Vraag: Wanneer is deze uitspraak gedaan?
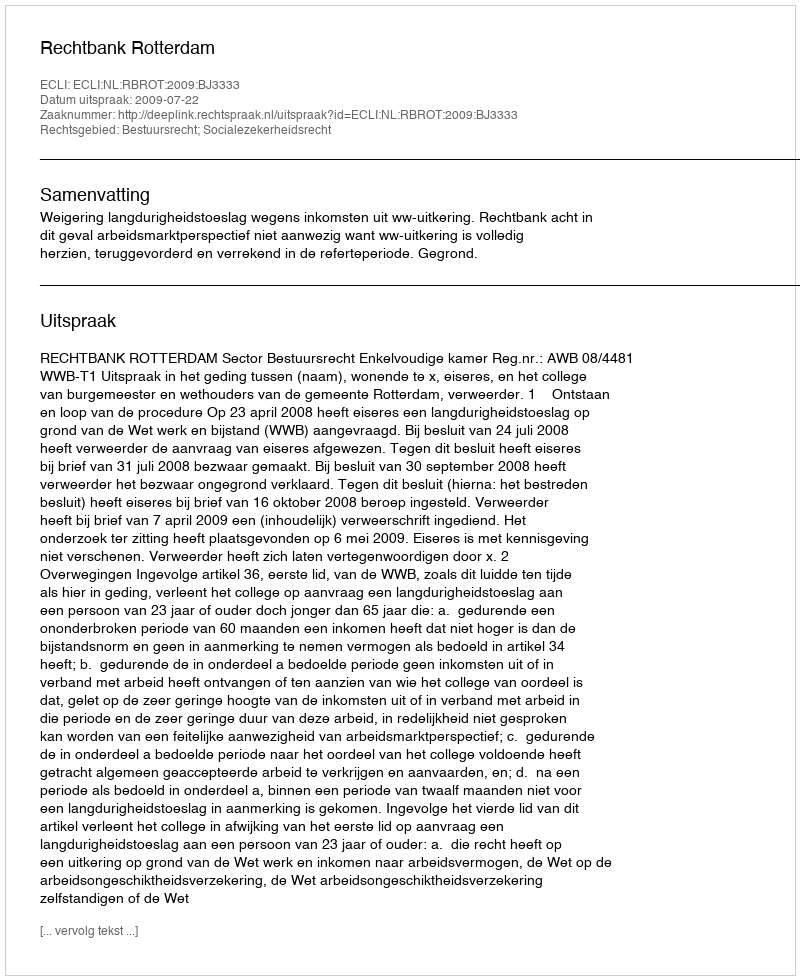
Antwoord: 2009-07-22